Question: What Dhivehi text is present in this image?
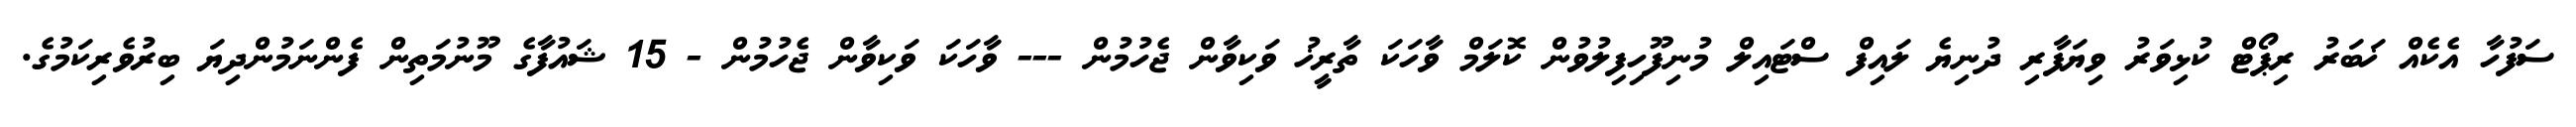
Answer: ސަފުހާ އެކެއް ޚަބަރު ރިޕޯޓް ކުޅިވަރު ވިޔަފާރި ދުނިޔެ ލައިފް ސްޓައިލް މުނިފޫހިފިލުވުން ކޮލަމް ވާހަކަ ތާރީޚު ވަކިވާން ޖެހުމުން --- ވާހަކަ ވަކިވާން ޖެހުމުން - 15 ޝައުފާގެ މޫނުމަތިން ފެންނަމުންދިޔަ ބިރުވެރިކަމުގެ.